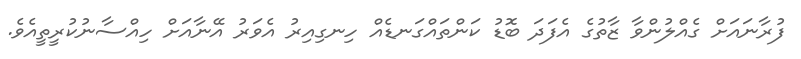
ފުރާނައަށް ގެއްލުންވާ ޒާތުގެ އެފަދަ ބޮޑު ކަންތައްގަނޑެއް ހިނގިއިރު އެވަރު އޭނާއަށް ހިއްސާނުކުރީތީއެވެ.